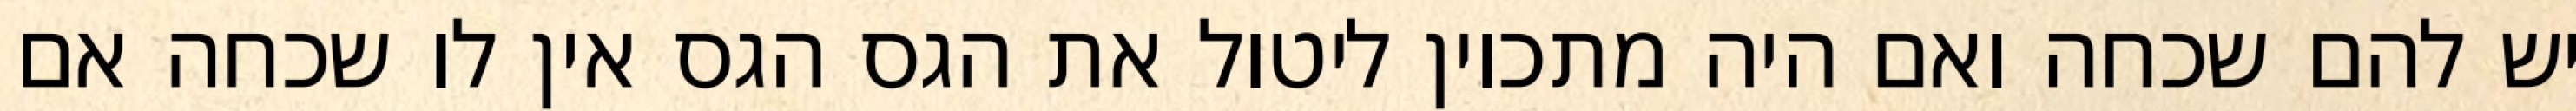
יש להם שכחה ואם היה מתכוין ליטול את הגס הגס אין לו שכחה אם